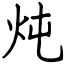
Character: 炖